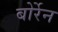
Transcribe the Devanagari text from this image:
बोर्रेन